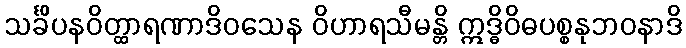
သင်္ခိပနဝိတ္ထာရဏာဒိဝသေန ဝိဟာရသီမန္တိ ဣဒ္ဓိဝိဓပစ္စနုဘဝနာဒိ